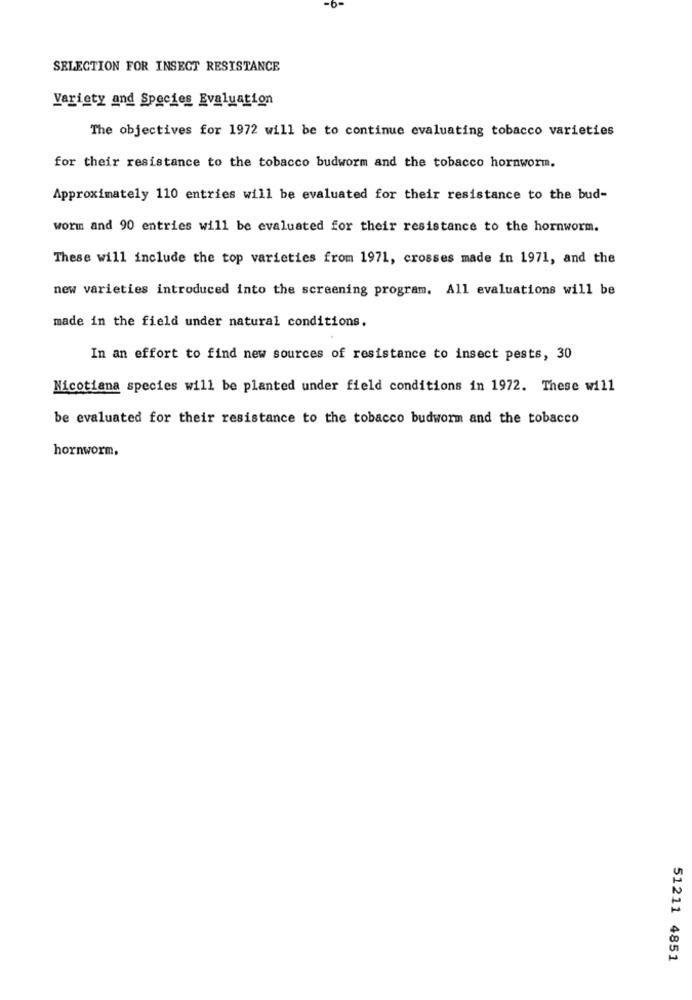
SELECTION FOR INSECT RESISTANCE
Variety and Species Evaluation
The objectives for 1972 will be to continue evaluating tobacco varieties
for their resistance to the tobacco budworm and the tobacco hornworm.
Approximately 110 entries will be evaluated for their resistance to the bud-
worm and 90 entries will be evaluated for their resistance to the hornworm.
These will include the top varieties from 1971, crosses made in 1971, and the
new varieties introduced into the screening program. All evaluations will be
made in the field under natural conditions.
In an effort to find new sources of resistance to insect pests, 30
Nicotiana species will be planted under field conditions in 1972. These will
be evaluated for their resistance to the tobacco budworm and the tobacco
hornworm,
51211 4851